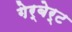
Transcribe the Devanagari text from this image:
गेर्बेर्ट